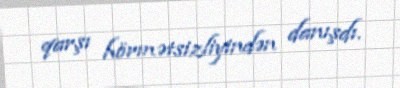
qarşı hörmətsizliyindən danışdı.